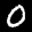
Label: 0